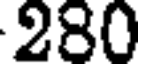
280